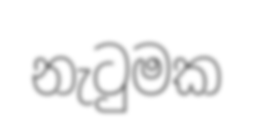
නැටුමක